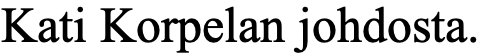
Kati Korpelan johdosta.